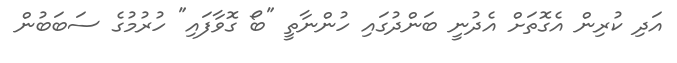
އަދި ކުރިން އެގޮތަށް އެދުނީ ބަންދުގައި ހުންނާތީ "ބޯ ގޮވާފައި" ހުރުމުގެ ސަބަބުން